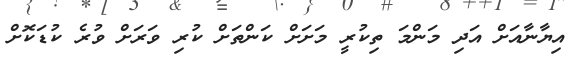
އިޔާނާއަށް އަދި މަންމަ ތިކުރީ މަށަށް ކަންތަށް ކުރި ވަރަށް ވުރެ ކުޑަކޮށް